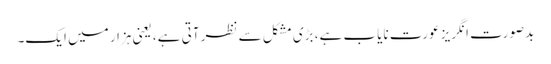
بدصورت انگریز عورت نایاب ہے، بڑی مشکل سے نظر آتی ہے، یعنی ہزار میں ایک۔